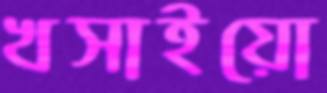
খসাইয়ো